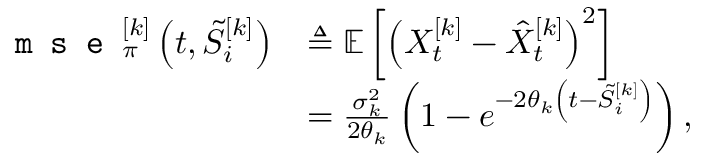
\begin{array} { r l } { \texttt { m s e } _ { \pi } ^ { [ k ] } \left( t , \tilde { S } _ { i } ^ { [ k ] } \right) } & { \triangleq { \mathbb { E } } \left[ \left( X _ { t } ^ { [ k ] } - \hat { X } _ { t } ^ { [ k ] } \right) ^ { 2 } \right] } \\ & { = \frac { \sigma _ { k } ^ { 2 } } { 2 \theta _ { k } } \left( 1 - e ^ { - 2 \theta _ { k } \left( t - \tilde { S } _ { i } ^ { [ k ] } \right) } \right) , } \end{array}